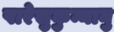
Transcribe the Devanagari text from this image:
पारेसुकुन्नानु